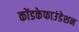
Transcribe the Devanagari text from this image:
कोंडकेफाउंडेशन